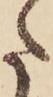
た